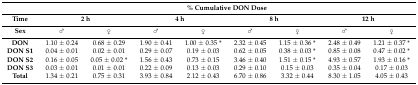
<table><thead><tr><td></td><td colspan="8"><b>% Cumulative DON Dose</b></td></tr><tr><td><b>Time</b></td><td colspan="2"><b>2 h</b></td><td colspan="2"><b>4 h</b></td><td colspan="2"><b>8 h</b></td><td colspan="2"><b>12 h</b></td></tr><tr><td><b>Sex</b></td><td><b>♂</b></td><td><b>♀</b></td><td><b>♂</b></td><td><b>♀</b></td><td><b>♂</b></td><td><b>♀</b></td><td><b>♂</b></td><td><b>♀</b></td></tr></thead><tbody><tr><td><b>DON</b></td><td>1.10 ± 0.24</td><td>0.68 ± 0.29</td><td>1.90 ± 0.41</td><td>1.00 ± 0.35 *</td><td>2.32 ± 0.45</td><td>1.15 ± 0.36 *</td><td>2.48 ± 0.49</td><td>1.21 ± 0.37 *</td></tr><tr><td><b>DON S1</b></td><td>0.04 ± 0.01</td><td>0.02 ± 0.01</td><td>0.29 ± 0.07</td><td>0.19 ± 0.03</td><td>0.62 ± 0.05</td><td>0.38 ± 0.03 *</td><td>0.85 ± 0.08</td><td>0.47 ± 0.02 *</td></tr><tr><td><b>DON S2</b></td><td>0.16 ± 0.05</td><td>0.05 ± 0.02 *</td><td>1.56 ± 0.43</td><td>0.73 ± 0.15</td><td>3.46 ± 0.40</td><td>1.51 ± 0.15 *</td><td>4.93 ± 0.57</td><td>1.93 ± 0.16 *</td></tr><tr><td><b>DON S3</b></td><td>0.03 ± 0.01</td><td>0.01 ± 0.01</td><td>0.22 ± 0.09</td><td>0.13 ± 0.03</td><td>0.29 ± 0.10</td><td>0.15 ± 0.03</td><td>0.35 ± 0.04</td><td>0.17 ± 0.03</td></tr><tr><td><b>Total</b></td><td>1.34 ± 0.21</td><td>0.75 ± 0.31</td><td>3.93 ± 0.84</td><td>2.12 ± 0.43</td><td>6.70 ± 0.86</td><td>3.32 ± 0.44</td><td>8.30 ± 1.05</td><td>4.05 ± 0.43</td></tr></tbody></table>